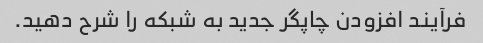
فرآیند افزودن چاپگر جدید به شبکه را شرح دهید.